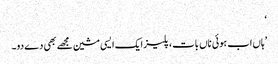
‘
’ہاں اب ہوئی ناں بات، پلیز ایک ایسی مشین مجھے بھی دے دو۔